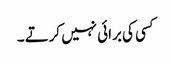
کسی کی برائی نہیں کرتے ۔